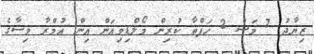
ޒިޔާދު 7 މަސް 2 ހަފްތާ ކުރިން މޯލްޑިވިއަން އިން އުމްރާ ވިސާގެ